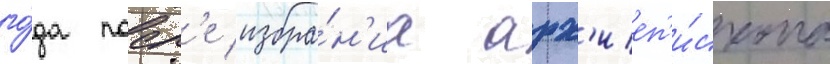
го́да посл'е избра́н'иа арх'иеп'и́скопа